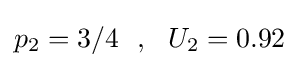
p_{2}=3/4~~,~~U_{2}=0.92~